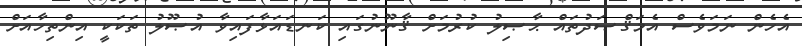
އެހެން ނަމަވެސް އެމަޤްޞަދުތައް ޙާޞިލު ކުރުމަށް ޤާނޫނުގައި ކަނޑައަޅާފައިވާ އުޞޫލު ތަކަކީ އިންތިހާއަށް